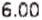
6.00